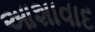
આશાવાદ